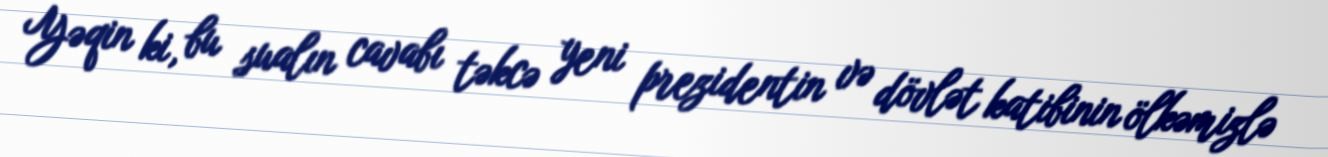
Yəqin ki, bu sualın cavabı təkcə yeni prezidentin və dövlət katibinin ölkəmizlə